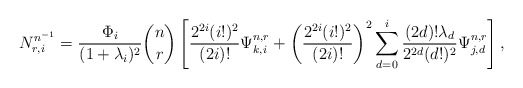
\begin{align*}\begin{aligned}N_{r,i}^{n^{-1}}=\frac{\Phi_{i}}{(1+\lambda_{i})^{2}}\binom{n}{r}\left[\frac{2^{2i}(i!)^{2}}{(2i)!}\Psi_{k,i}^{n,r}+\left(\frac{2^{2i}(i!)^{2}}{(2i)!}\right)^{2}\sum_{d=0}^{i}\frac{(2d)!\lambda_{d}}{2^{2d}(d!)^{2}}\Psi_{j,d}^{n,r}\right],\end{aligned}\end{align*}